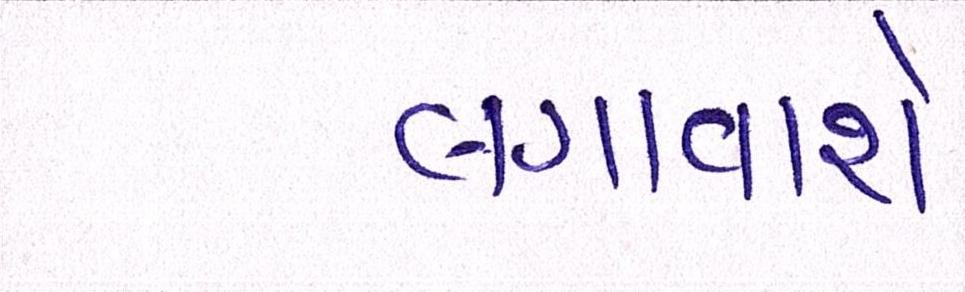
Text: લગાવાશે